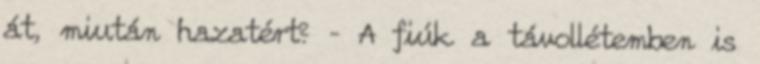
át, miután hazatért? – A fiúk a távollétemben is